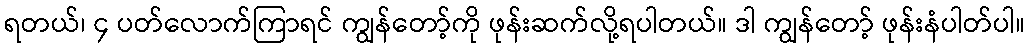
ရတယ်၊ ၄ ပတ်လောက်ကြာရင် ကျွန်တော့်ကို ဖုန်းဆက်လို့ရပါတယ်။ ဒါ ကျွန်တော့် ဖုန်းနံပါတ်ပါ။